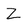
Character: Z